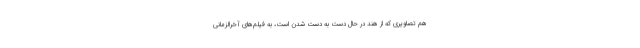
هم تصاویری که از هند در حال دست به دست شدن است، به فیلم‌های آخرالزمانی